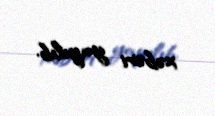
xəbəri yayılıb.